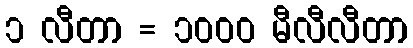
၁ လီတာ = ၁၀၀၀ မီလီလီတာ